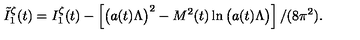
\tilde { I } _ { 1 } ^ { \zeta } ( t ) = I _ { 1 } ^ { \zeta } ( t ) - \left[ \left( a ( t ) \Lambda \vphantom { ^ 2 } \right) ^ { 2 } - M ^ { 2 } ( t ) \ln \left( a ( t ) \Lambda \vphantom { ^ 2 } \right) \right] / ( 8 \pi ^ { 2 } ) .